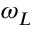
\omega _ { L }